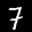
Label: 7